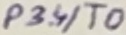
Text: P3.4/T0